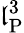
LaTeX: \mathfrak{l}_{\mathrm{{P}}}^{3}